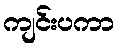
ကျင်းပကာ